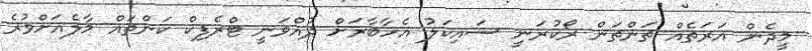
މީދެން އަރަތެއް ތަންތަން ރޯކުރަނީ ސައިކަލު އެހާބާރަށް ދުއްވަނީ ޓްރެފިކް ކަންތައް މާލެއަށްވުރެ